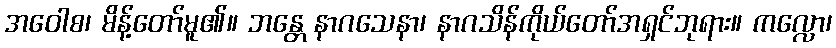
အဝေါစ၊ မိန့်တော်မူ၏။ ဘန္တေ နာဂသေနာ၊ နာဂသိန်ကိုယ်တော်အရှင်ဘုရား။ ကလ္လော၊